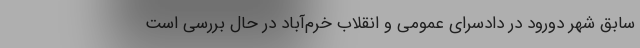
سابق شهر دورود در دادسرای عمومی و انقلاب خرم‌آباد در حال بررسی است